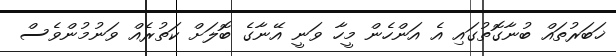
ޚަބަރުތައް ބުނާގޮތުގައި އެ އަންހެން މީހާ ވަނީ އޭނާގެ ބޮލަށް ކަތުރެއް ވަނުމުންވެސް